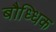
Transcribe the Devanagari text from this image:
बौध्धिक